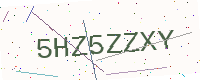
Text: 5HZ5ZZXY